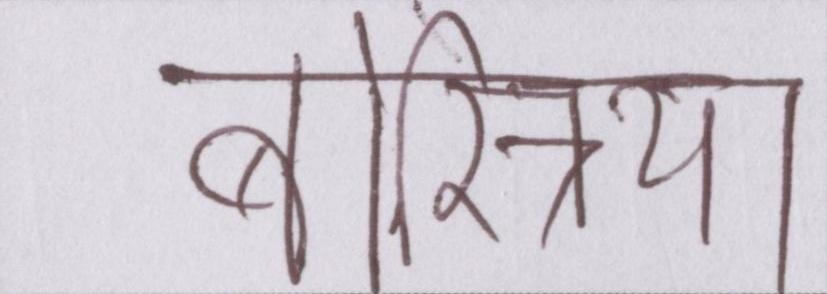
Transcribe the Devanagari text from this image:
बोस्निया